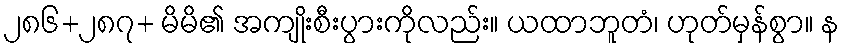
၂၈၆+၂၈၇+ မိမိ၏ အကျိုးစီးပွားကိုလည်း။ ယထာဘူတံ၊ ဟုတ်မှန်စွာ။ န